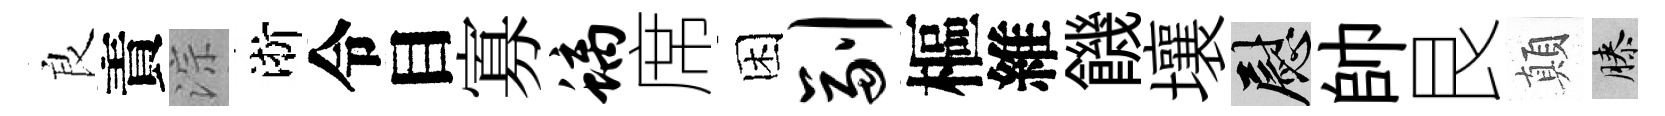
良責淙淅令目寡螭席困副樞維饑壤慰帥艮顛膝